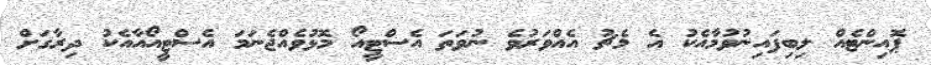
ޕޮއިންޓެއް ލިބިފައިނުވުމާއެކު އެ މެޗު އެއްވަރުވެ ނުވަތަ އެސްޓީއޯ މޮޅުވެއްޖެނަމަ އެސްޓީއޯއާއެކު ދިރާގަށް